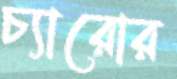
চ্যারোর